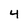
Character: 4